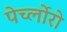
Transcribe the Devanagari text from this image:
पेर्च्लोरो